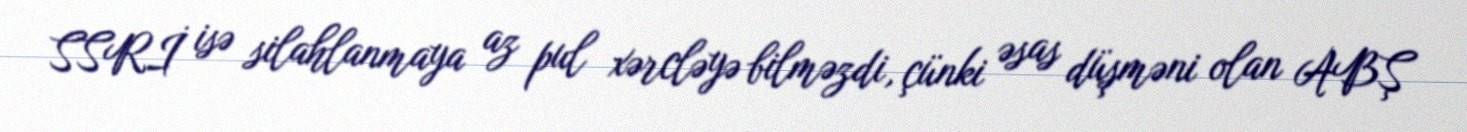
SSRİ isə silahlanmaya az pul xərcləyə bilməzdi, çünki əsas düşməni olan ABŞ